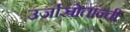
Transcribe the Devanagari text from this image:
उर्जास्रोतान्ची